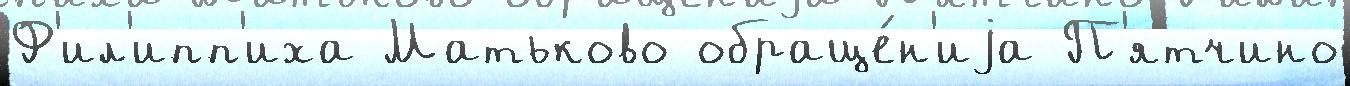
Ф'ил'ипп'иха Матьково обраще́н'иjа П'ятчино